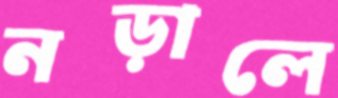
নড়ালে